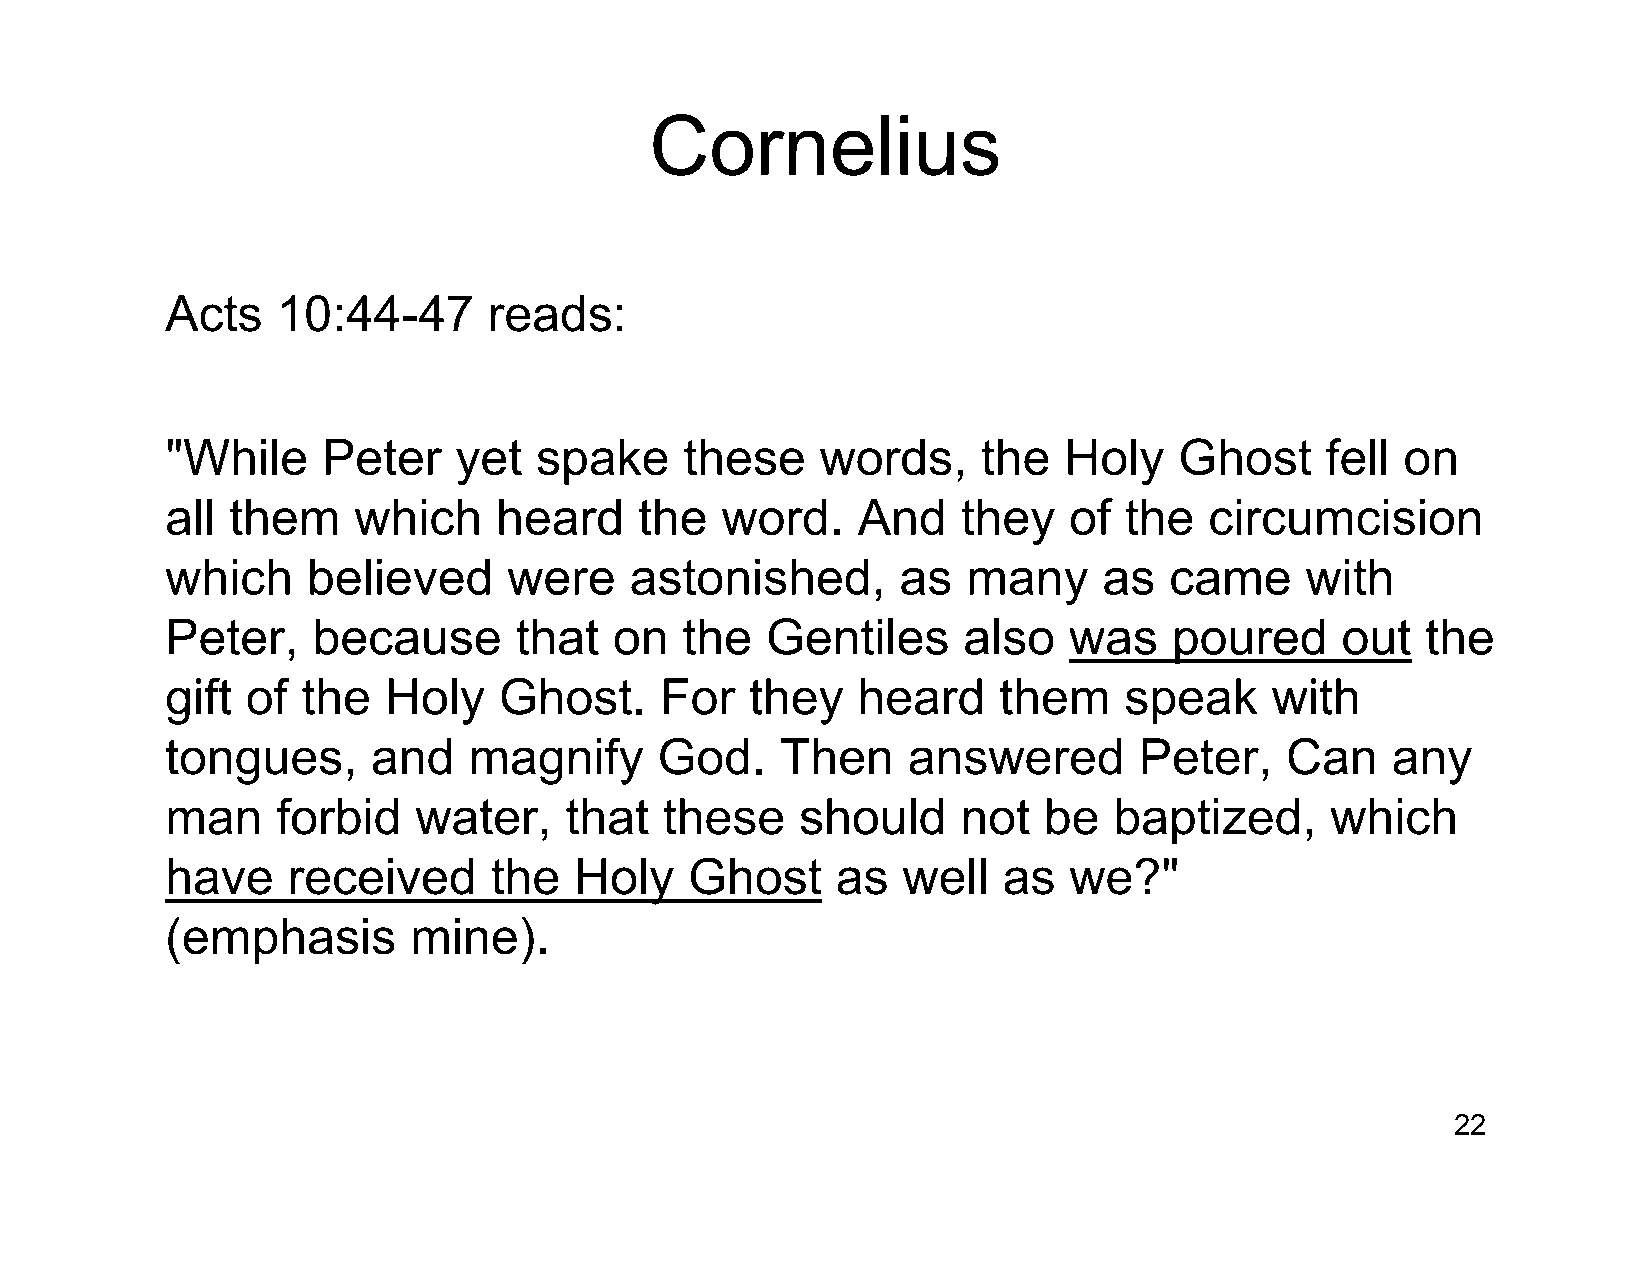
Cornelius
 Acts   10:44-47      reads:
 "While    Peter    yet  spake     these    words,     the  Holy    Ghost     fell on
 all them    which     heard    the   word.    And    they   of the   circumcision
 which    believed      were    astonished,       as  many     as  came     with
 Peter,    because      that   on  the   Gentiles     also   was    poured     out  the
 gift of  the  Holy    Ghost.     For   they   heard    them    speak     with
 tongues,      and   magnify      God.    Then    answered       Peter,    Can    any
 man    forbid   water,    that   these    should     not  be   baptized,     which
 have    received     the   Holy    Ghost    as   well  as   we?"
 (emphasis       mine).
 22